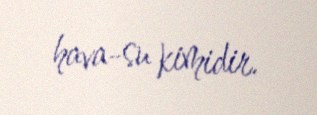
hava-su kimidir.